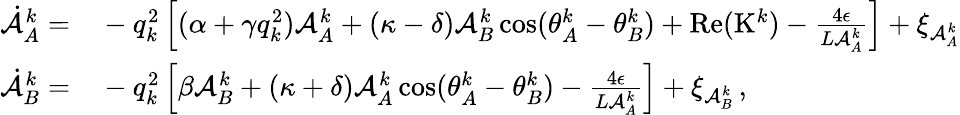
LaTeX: \begin{array}{rl}{\dot{\mathcal{A}}_{A}^{k}=}&{{}-q_{k}^{2}\left[(\alpha+\gamma q_{k}^{2})\mathcal{A}_{A}^{k}+(\kappa-\delta)\mathcal{A}_{B}^{k}\cos(\theta_{A}^{k}-\theta_{B}^{k})+\mathrm{Re}(\mathrm{K}^{k})-\frac{4\epsilon}{L\mathcal{A}_{A}^{k}}\right]+\xi_{\mathcal{A}_{A}^{k}}}\\ {\dot{\mathcal{A}}_{B}^{k}=}&{{}-q_{k}^{2}\left[\beta\mathcal{A}_{B}^{k}+(\kappa+\delta)\mathcal{A}_{A}^{k}\cos(\theta_{A}^{k}-\theta_{B}^{k})-\frac{4\epsilon}{L\mathcal{A}_{A}^{k}}\right]+\xi_{\mathcal{A}_{B}^{k}}\, ,}\end{array}